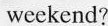
weekend?